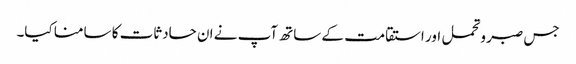
جس صبر وتحمل اور استقامت کے ساتھ آپ نے ان حادثات کا سامنا کیا۔